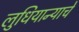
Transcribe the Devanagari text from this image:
लुधियान्याचे